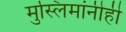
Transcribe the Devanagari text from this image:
मुस्लिमांनीही